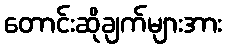
တောင်းဆိုချက်များအား